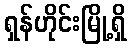
ရှန်ဟိုင်းမြို့ရှိ